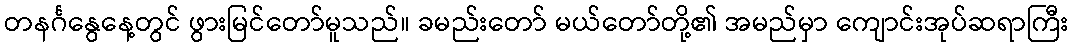
တနင်္ဂနွေနေ့တွင် ဖွားမြင်တော်မူသည်။ ခမည်းတော် မယ်တော်တို့၏ အမည်မှာ ကျောင်းအုပ်ဆရာကြီး